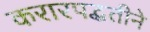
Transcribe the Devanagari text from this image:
करारपद्धतीने